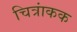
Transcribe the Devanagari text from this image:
चित्रांकक